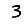
Digit: 3